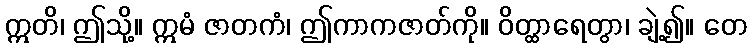
ဣတိ၊ ဤသို့။ ဣမံ ဇာတကံ၊ ဤကာကဇာတ်ကို။ ဝိတ္ထာရေတွာ၊ ချဲ့၍။ တေ